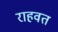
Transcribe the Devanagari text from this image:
राहवत